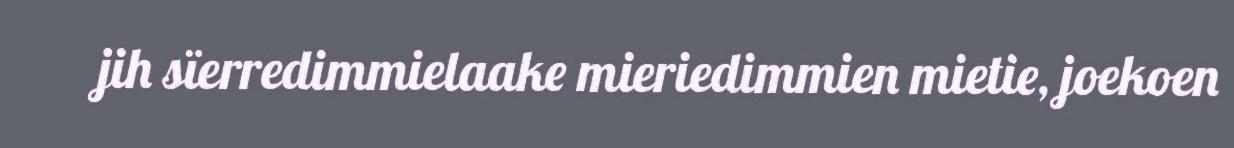
jih sïerredimmielaake mieriedimmien mietie, joekoen